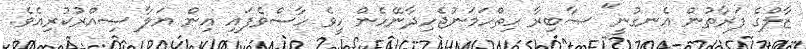
ޒާލްގެ ފަރާތުން އެނގުނީ" ޞާބިރާ ހިތްހަމަނުޖެހިދާނޭހެން ހީވެ ހާސްވެފައި އިން ޔަލާ ސިއްރުކުރިއެވެ.